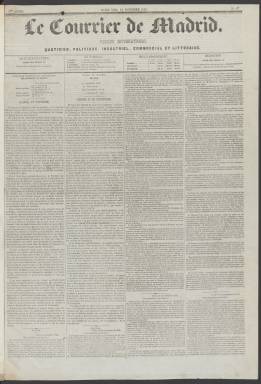
Título: Le Courrier de Madrid
Colección: Periódicos
Ámbito geográfico: Madrid
Lugar de publicación: Madrid
Fechas: 18/11/1856-31/07/1857